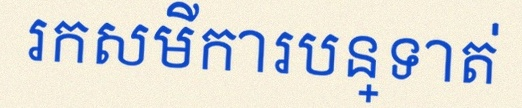
រកសមីការបន្ទាត់